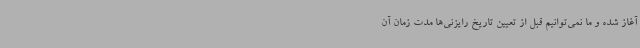
آغاز شده و ما نمی‌توانیم قبل از تعیین تاریخ رایزنی‌ها مدت زمان آن